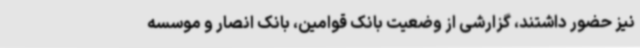
نیز حضور داشتند، گزارشی از وضعیت بانک قوامین، بانک انصار و موسسه